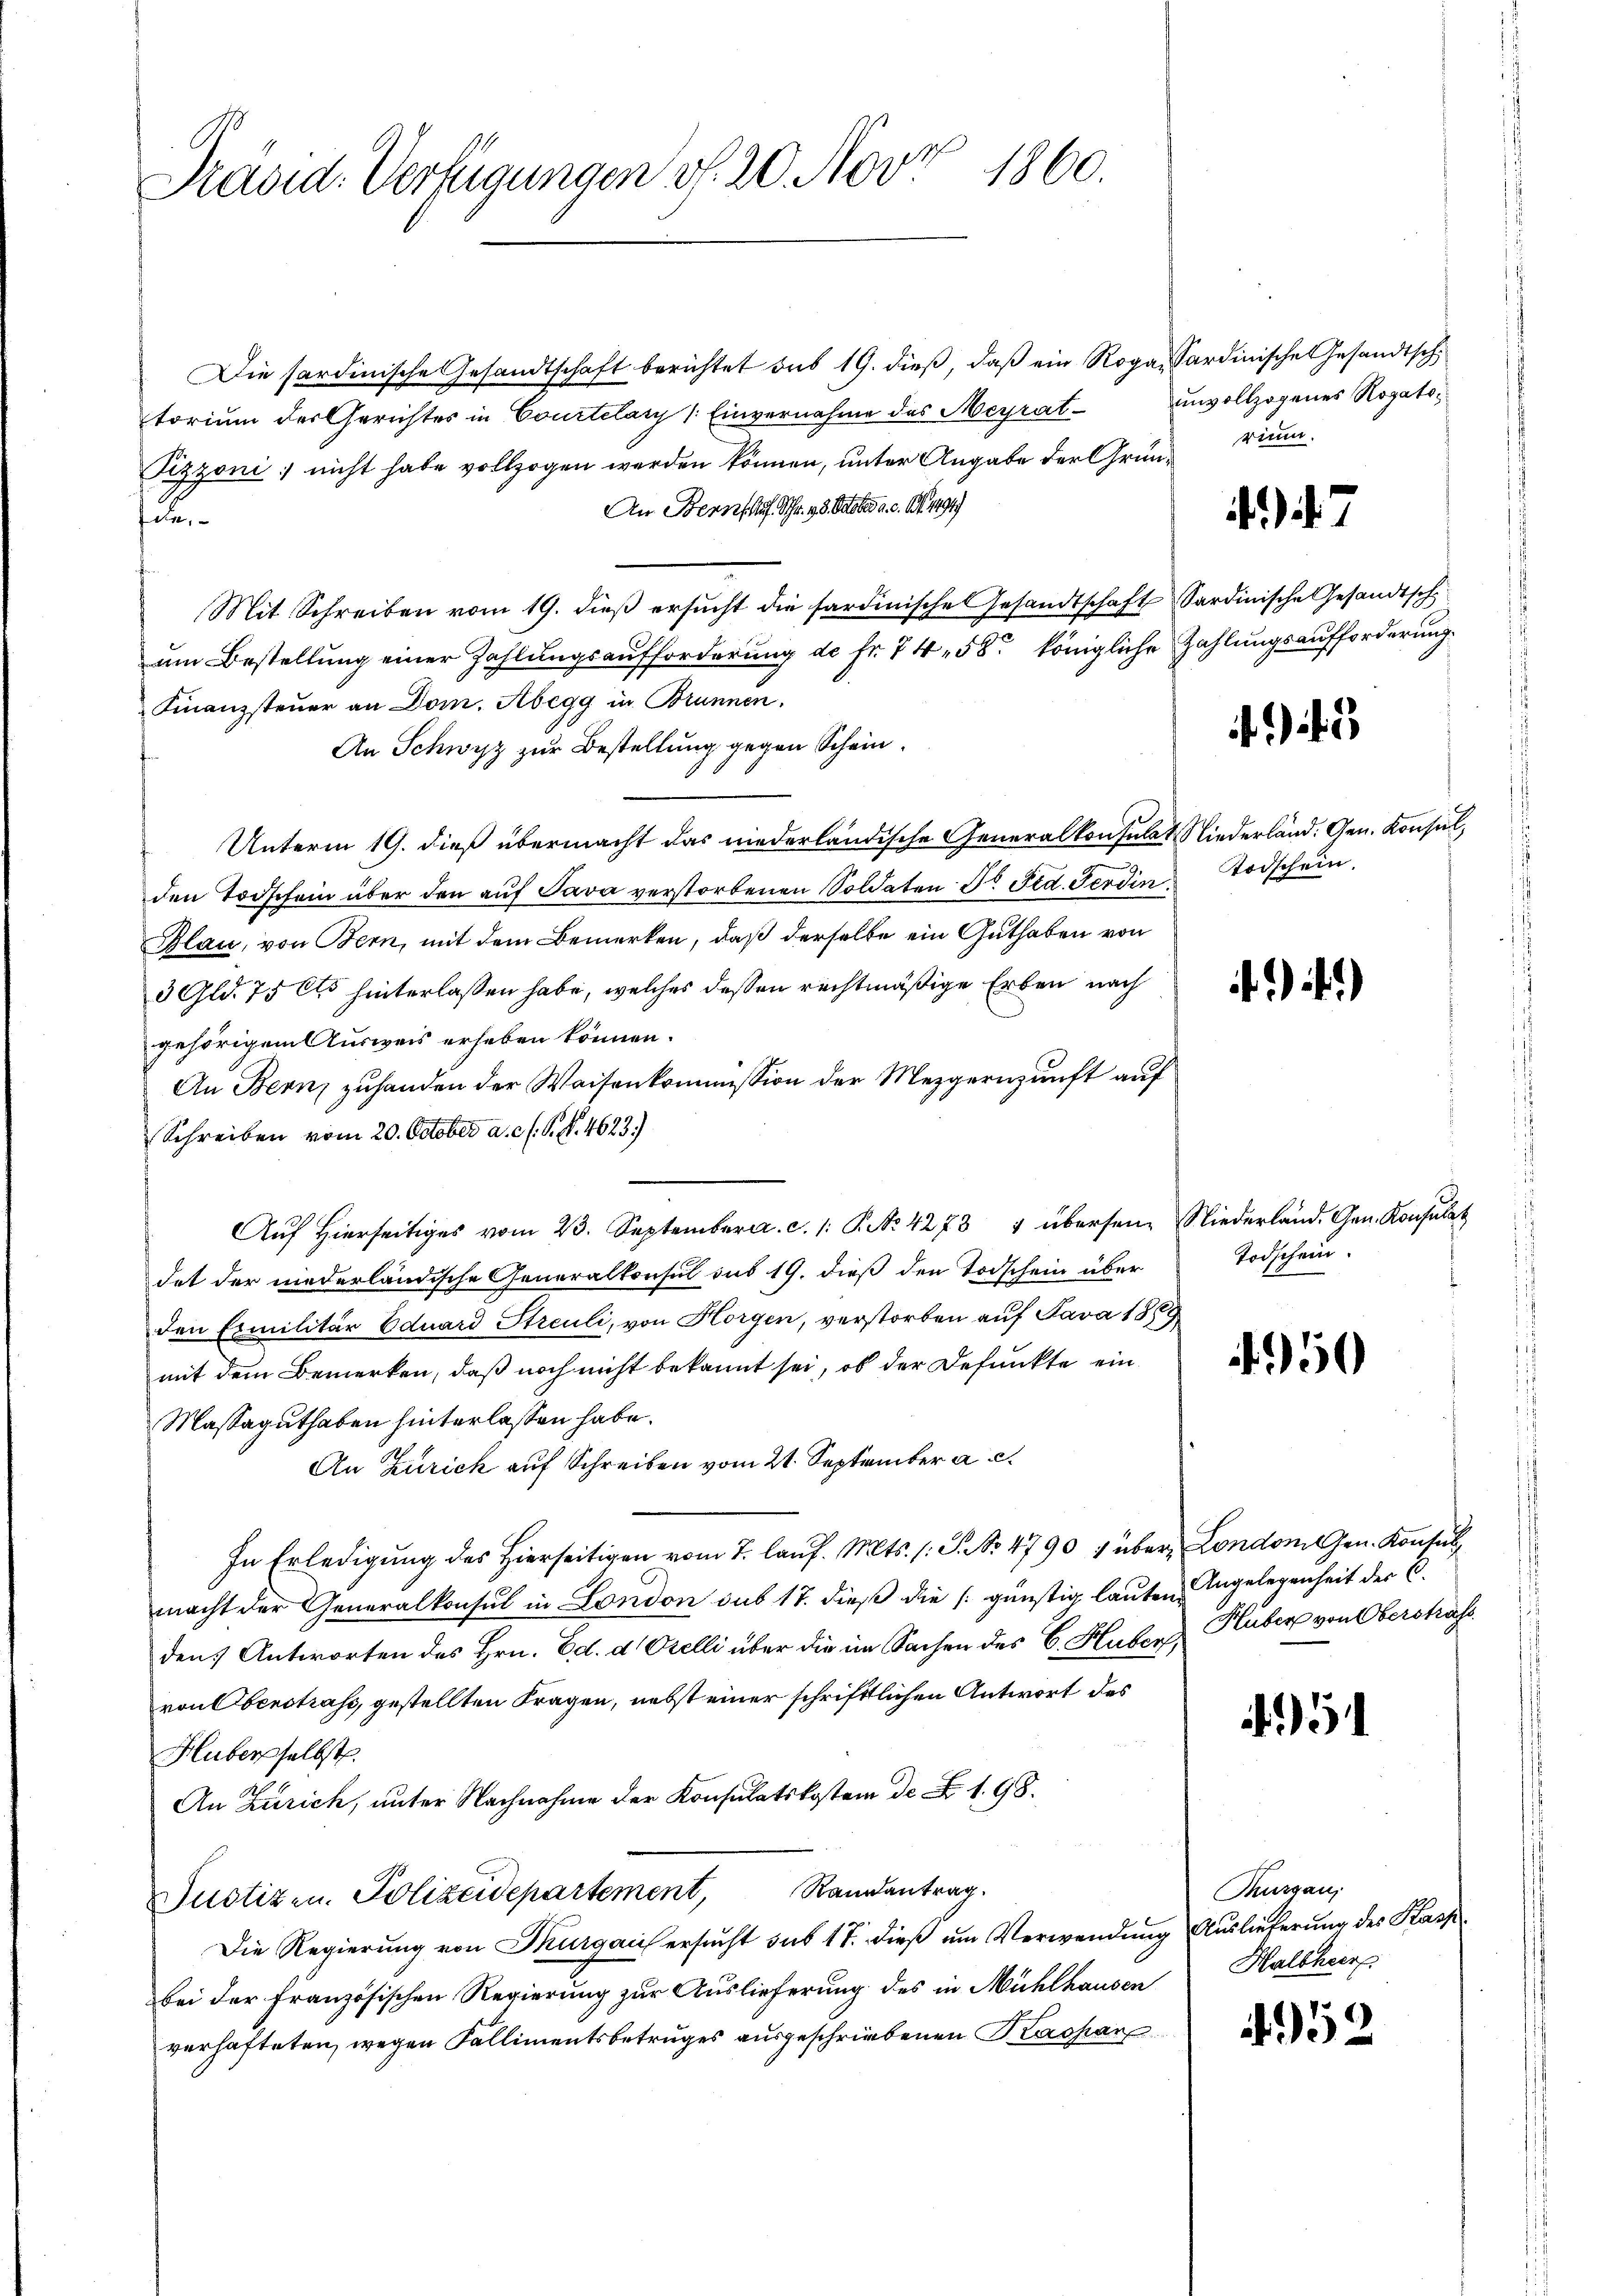
1860.
Präsid. Verfügungen v. 20. Nov.

Die sardinische Gesandtschaft berichtet sub 19. dieß, daß ein Roga, Sardinische Gesandtsch
torium des Gerichtes in Courtelary (Einvernahme des Meyrat¬
Pizzoni nicht habe vollzogen werden können, unter Angabe der Grun¬
An Bern Auf Schr. 13. October a. c. S. 1494)
Juli
Mit Schreiben vom 19. dieß ersucht die sardinische Gesandtschaft Sardinische Gesandtschum Bestellung einer Zahlungsaufforderung de fr. 74. 58. königliche Zahlungsaufforderung
Finanzsteuer an Dom. Abegg in Brunnen.
An Schwyz zur Bestellung gegen Schein¬
Unterm 19. dieß übermacht das niederländische Generalkonsulat Niederländ. Gen. Konsul,
den Todschein über den auf Java verstorbenen Soldaten Dr. Fid. Ferdin
Blau, von Bern, mit dem Bemerken, daß derselbe ein Guthaben von
3 Gld. 75 Cts hinterlassen habe, welches deßen rechtmäßige Erben nach
gehörigem Ausweis erheben können.
An Bern zuhanden der Waisenkommission der Mezgernunft auf
Schreiben vom 20. October a. c. s. S. S. 4623)
Aŭf Hierseitiges vom 23. September. c. 1. P. Nr. 4273 4 übersein Niederland. Gen. Konsulat
dat der niederländische Generalkonsul sub 19. dieß den Todschein über
den Emilitär Eduard Streuli, von Horgen, verstorben auf Java 1889
mit dem Bemerken, daß noch nicht bekannt sei, ob der Defunkte ein
Massaguthaben hinterlassen habe.
An Zurick auf Schreiben vom 21. September a. c.
In Erledigung des hierseitigen vom 7. laŭf. Mts. (: P. Nr. 4790 f über London Gen. Konsul
macht der Generalkonsul in London sub 17. dieß die günstig lauten Angelegenheit der C.
den) Antworten des Hrn. Ed. d. Orelli über die im Sachen des C. Huben Huber von Oberstrafs
von Oberstrass, gestellten Fragen, nebst einer schriftlichen Antwort des
Huberselbst.
An Zürich, unter Nachnahme der Konsulatskosten de N. 1. 98.
Justizen. Polizeidepartement, Randantrag.
Die Regierung von Thurgau ersŭcht sub 17. dieβ ŭm Verwendung Auslieferung des Kasp.
bei der französischen Regierung zur Auslieferung des in Mühlhausen Halbhur
verhafteten, wegen Fallimentsbetruges ausgeschriebenen Kaspar

unvollzogenes Rogatorium.

Todschein.

.7

.)

Todschein.

950

)

Thurgau,

952